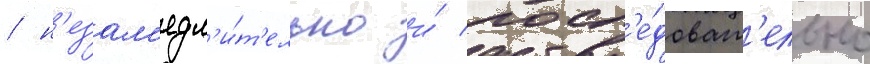
/ н'езам'едл'и́т'ельно и́ посл'е́доват'ельно